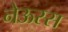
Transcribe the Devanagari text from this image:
नेऊस्स